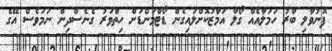
ފޮނުވާލި ބާރު ހަމަލާއެއް ގޯލާ އަމާޒުކޮށްލައިގެން ޑޯޓްމަންޑަށް ހިތްވަރު ގެނެސްދިން ނަމަވެސް އޭގެ